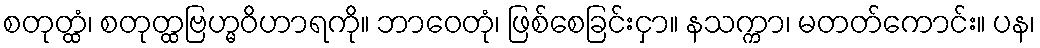
စတုတ္ထံ၊ စတုတ္ထဗြဟ္မဝိဟာရကို။ ဘာဝေတုံ၊ ဖြစ်စေခြင်းငှာ။ နသက္ကာ၊ မတတ်ကောင်း။ ပန၊